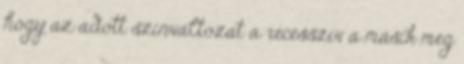
hogy az adott szinváltozat a recesszív a másik meg